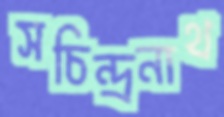
সচিন্দ্রনাথ